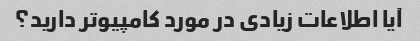
آیا اطلاعات زیادی در مورد کامپیوتر دارید؟